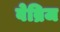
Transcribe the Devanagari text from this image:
वेब्रिज